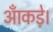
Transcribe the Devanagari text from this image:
आँकड़े।